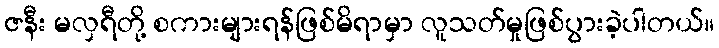
ဇနီး မလှရီတို့ စကားများရန်ဖြစ်မိရာမှာ လူသတ်မှုဖြစ်ပွားခဲ့ပါတယ်။